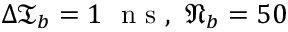
\Delta \mathfrak { T } _ { b } = 1 \ \mathrm { ~ n ~ s ~ } , \ \mathfrak { N } _ { b } = 5 0